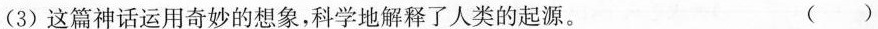
(3)这篇神话运用奇妙的想象，科学地解释了人类的起源。 ( )